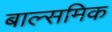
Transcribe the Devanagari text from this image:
बाल्समिक